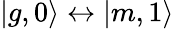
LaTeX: \vert g,0\rangle\leftrightarrow\vert m,1\rangle